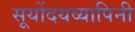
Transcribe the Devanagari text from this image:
सूर्योदयव्यापिनी